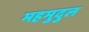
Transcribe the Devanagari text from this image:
महमुदुल